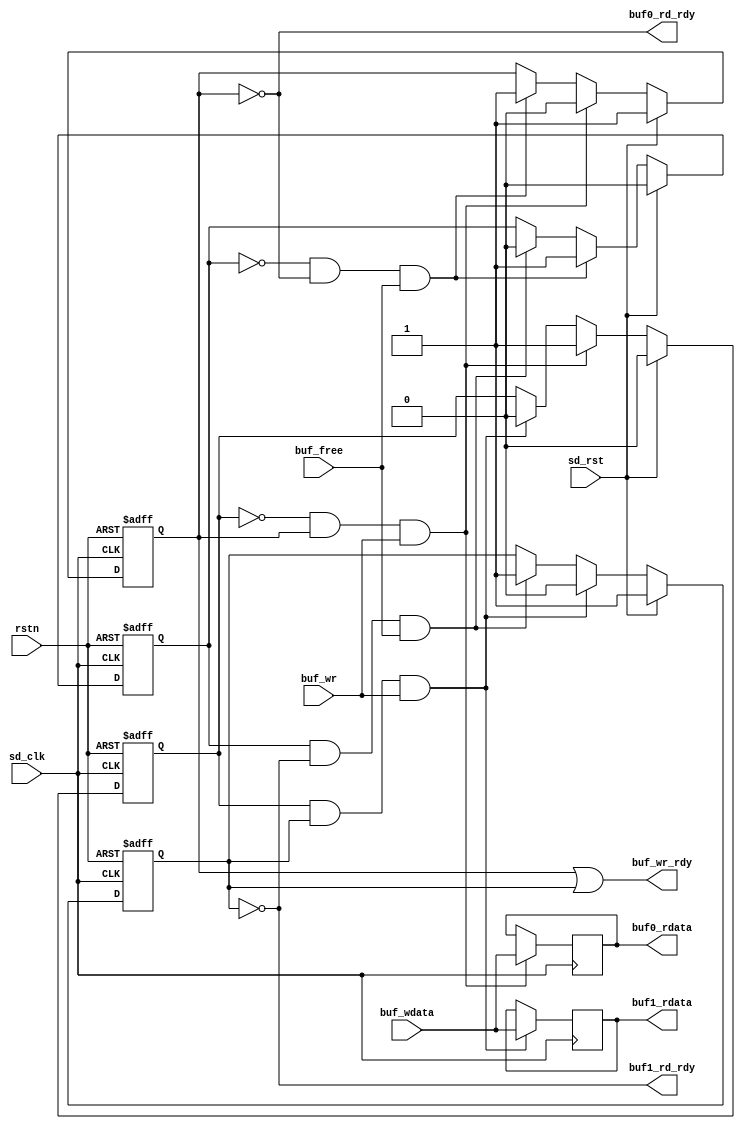
// pingpang buffer for sdio read
module sdio_buf (
    input rstn,
    input sd_rst,
    input sd_clk,
    input buf_wr,
    input [7:0] buf_wdata,
    input buf_free,
    output buf_wr_rdy,
    output buf0_rd_rdy,
    output buf1_rd_rdy,
    output [7:0] buf0_rdata,
    output [7:0] buf1_rdata
);
// var
reg [7:0] buf0;
reg [7:0] buf1;
reg rptr;
reg wptr;
reg buf0_wr_rdy;
reg buf1_wr_rdy;
//---------------------------------------------------------------------------
// SD_CLK DOMAIN
//---------------------------------------------------------------------------
// buf flags
always @(posedge sd_clk or negedge rstn) begin
    if (rstn == 1'b0) begin
        rptr <= 0;
        wptr <= 0;
        buf0_wr_rdy <= 1;
        buf1_wr_rdy <= 1;
    end
    else if (sd_rst == 1'b1) begin
        rptr <= 0;
        wptr <= 0;
        buf0_wr_rdy <= 1;
        buf1_wr_rdy <= 1;
    end
    else begin
        // wptr
        if (wptr == 1'b0 && buf0_wr_rdy == 1'b1 && buf_wr == 1'b1) begin
            wptr <= 1'b1;
        end
        else if (wptr == 1'b1 && buf1_wr_rdy == 1'b1 && buf_wr == 1'b1) begin
            wptr <= 1'b0;
        end
        // rptr
        if (rptr == 1'b0 && buf0_wr_rdy == 1'b0 && buf_free == 1'b1) begin // using buf_reged???
            rptr <= 1'b1;
        end
        else if (rptr == 1'b1 && buf1_wr_rdy == 1'b0 && buf_free == 1'b1) begin
            rptr <= 1'b0;
        end
        // buf0_wr_rdy
        if (wptr == 1'b0 && buf0_wr_rdy == 1'b1 && buf_wr == 1'b1) begin // write
            buf0_wr_rdy <= 1'b0;
        end
        else if (rptr == 1'b0 && buf0_wr_rdy == 1'b0 && buf_free == 1'b1) begin // read
            buf0_wr_rdy <= 1'b1;
        end
        // buf1_wr_rdy
        if (wptr == 1'b1 && buf1_wr_rdy == 1'b1 && buf_wr == 1'b1) begin // write
            buf1_wr_rdy <= 1'b0;
        end
        else if (rptr == 1'b1 && buf1_wr_rdy == 1'b0 && buf_free == 1'b1) begin // read
            buf1_wr_rdy <= 1'b1;
        end
    end
end
// buf
always @(posedge sd_clk) begin
    // buf0
    if (wptr == 1'b0 && buf0_wr_rdy == 1'b1 && buf_wr == 1'b1) begin
        buf0 <= buf_wdata;
    end
    // buf1
    if (wptr == 1'b1 && buf1_wr_rdy == 1'b1 && buf_wr == 1'b1) begin
        buf1 <= buf_wdata;
    end
end
// buf_wr_rdy
assign buf_wr_rdy = buf0_wr_rdy | buf1_wr_rdy;

//---------------------------------------------------------------------------
// SYS_CLK DOMAIN
//---------------------------------------------------------------------------
// rd_rdy sync
assign buf0_rd_rdy = ~buf0_wr_rdy;
assign buf1_rd_rdy = ~buf1_wr_rdy;
// buf_rdata
assign buf0_rdata = buf0;
assign buf1_rdata = buf1;

endmodule